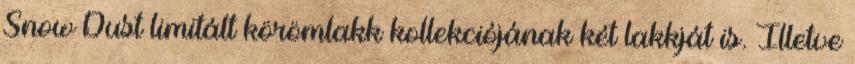
Snow Dust limitált körömlakk kollekciójának két lakkját is. Illetve